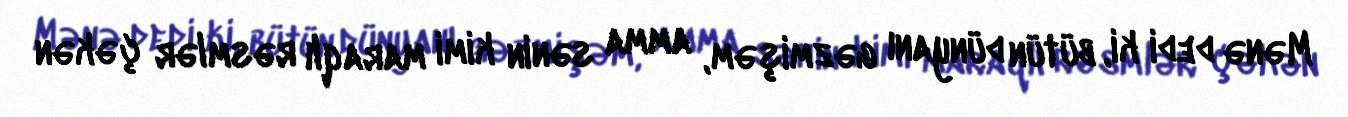
Mənə dedi ki, bütün dünyanı gəzmişəm, amma sənin kimi maraqlı rəsmlər çəkən